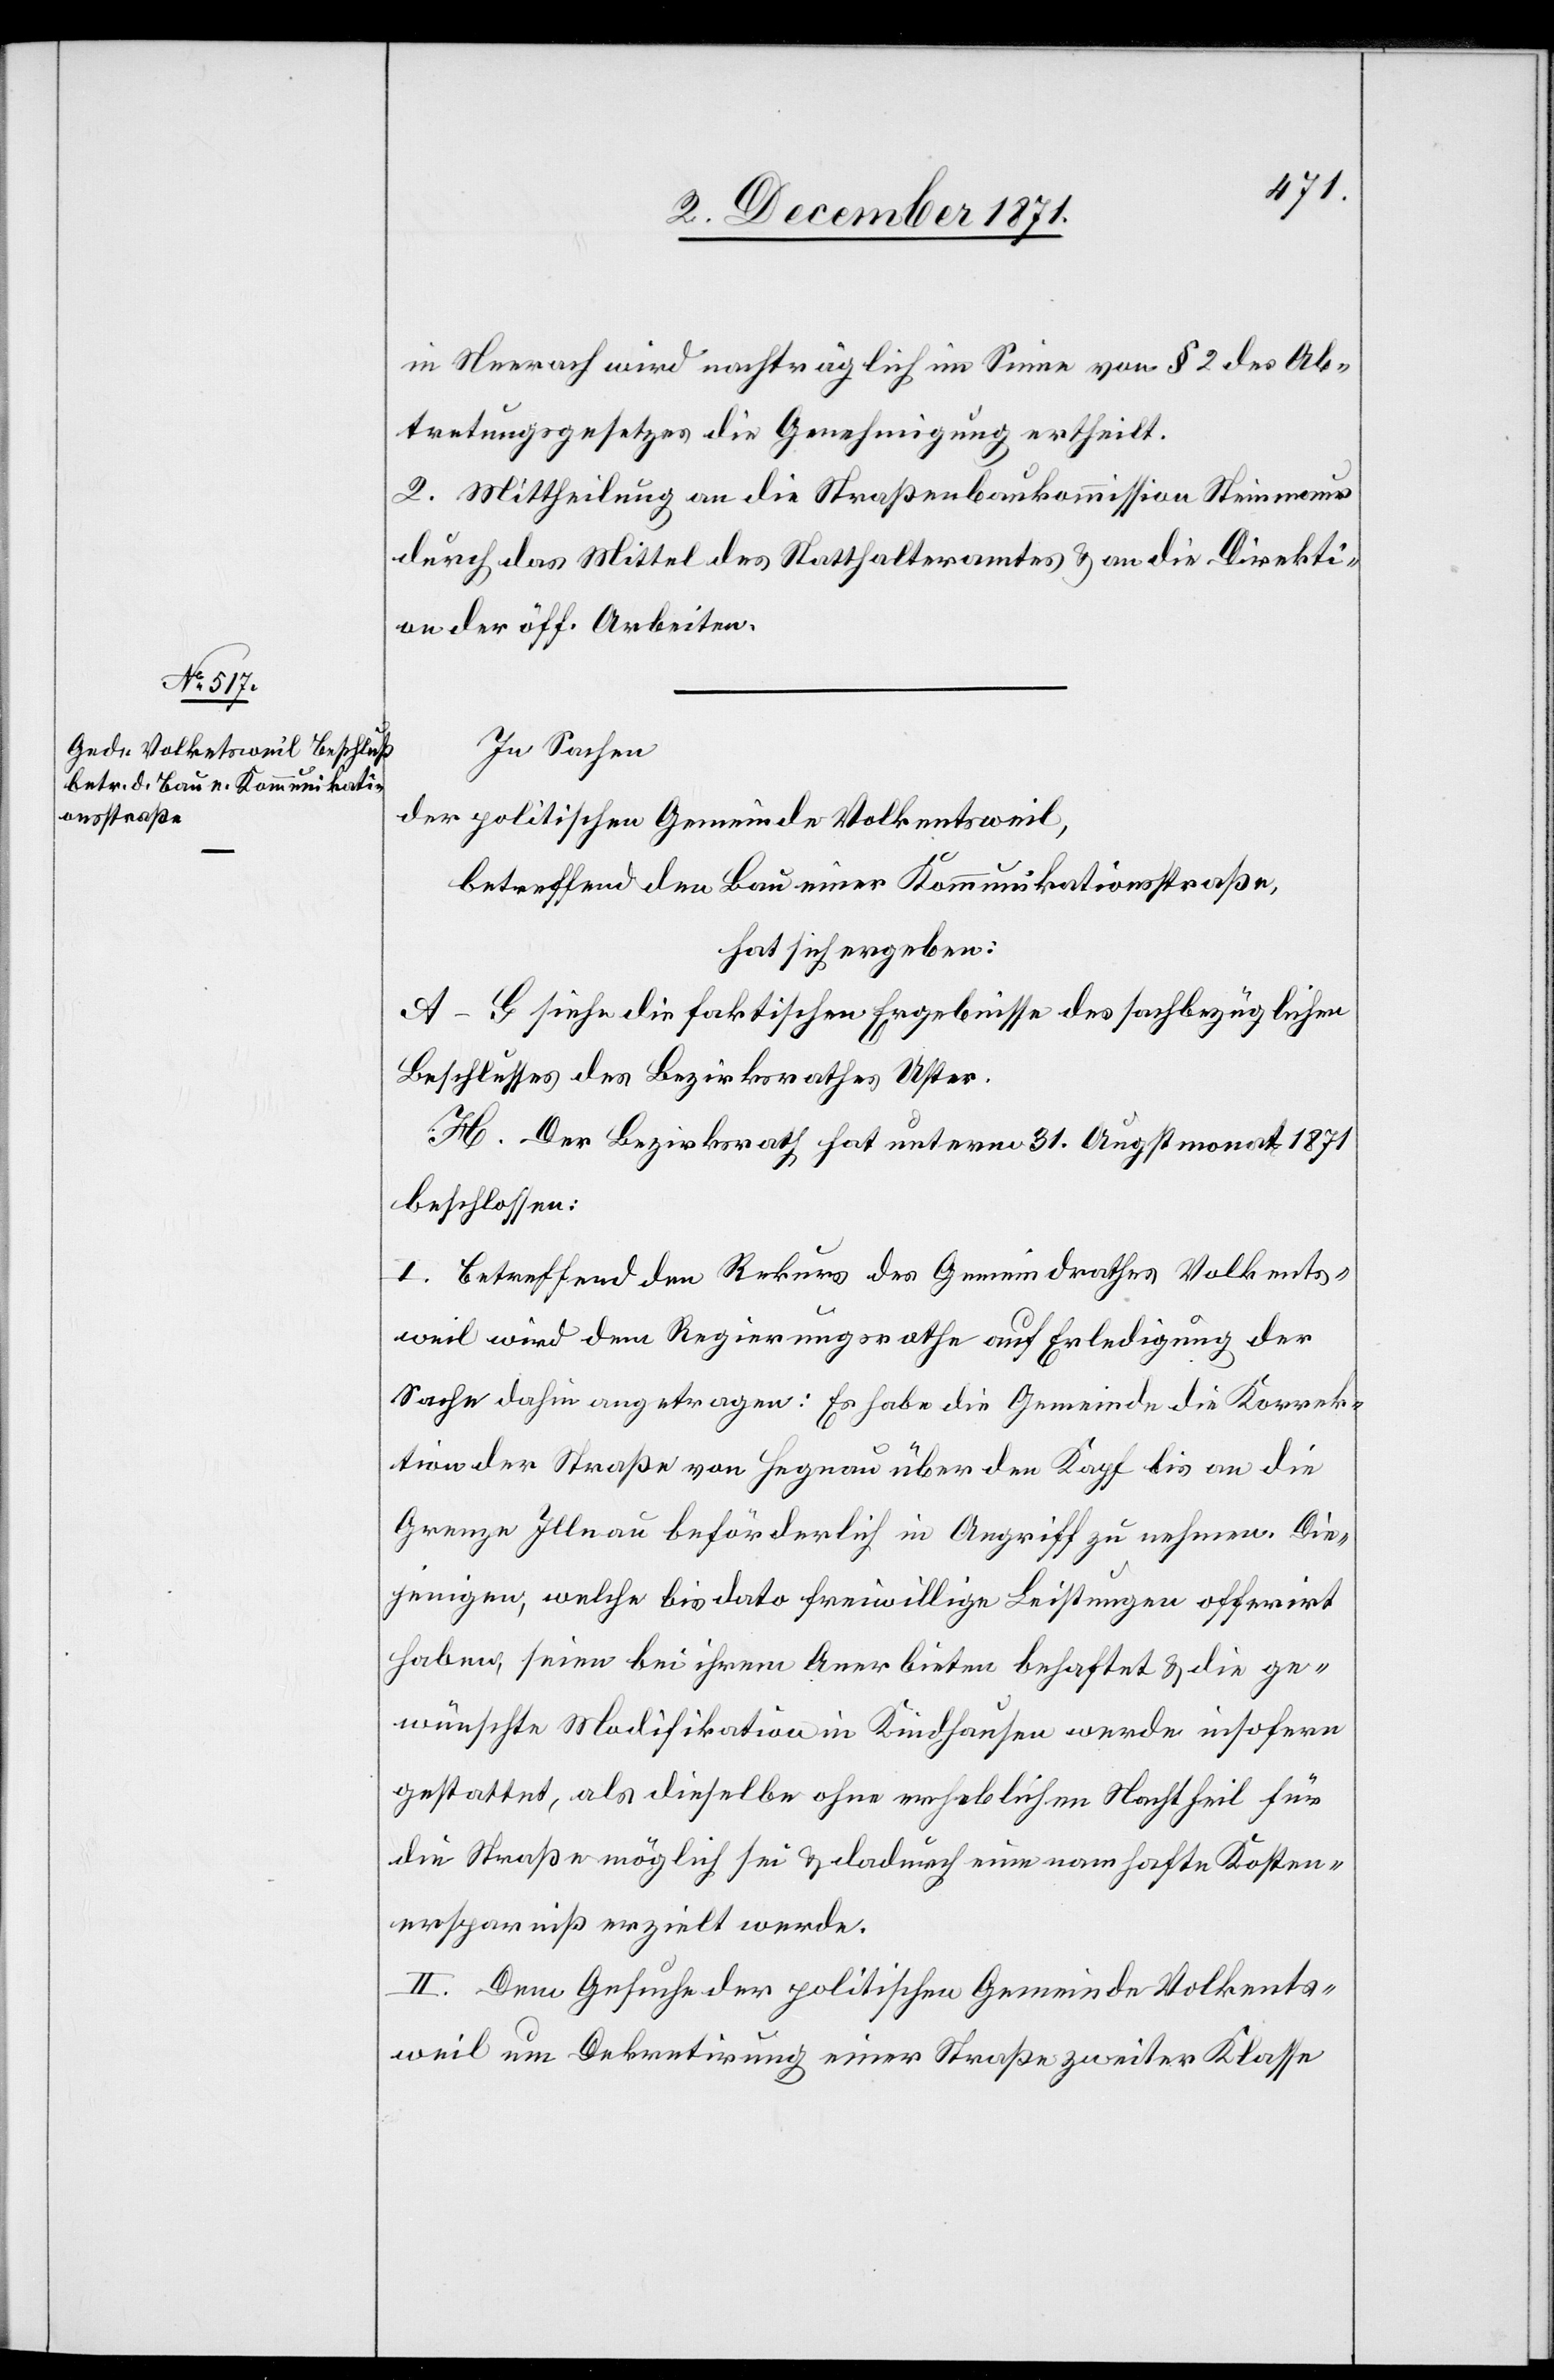
in Neerach wird nachträglich im Sinne von § 2 des Ab¬
tretungsgesetzes die Genehmigung ertheilt.
2. Mittheilung an die Straßenbaukommission Steinmaur
durch das Mittel des Statthalteramtes & an die Direkti¬
on der öff. Arbeiten.
In Sachen
der politischen Gemeinde Volkentsweil,
betreffend den Bau einer Kommunikationsstraße,
hat sich ergeben:
A–G Siehe die faktischen Ergebnisse des sachbezüglichen
Beschlusses des Bezirksrathes Uster.
H. Der Bezirksrath hat unterm 31. Augstmonat 1871
beschlossen:
I. Betreffend den Rekurs des Gemeindrathes Volkents¬
weil wird dem Regierungsrathe auf Erledigung der
Sache dahin angetragen: Es habe die Gemeinde die Korrek¬
tion der Straße von Hegnau über den Kapf bis an die
Grenze Illnau beförderlich in Angriff zu nehmen. Die¬
jenigen, welche bis dato freiwillige Leistungen offerirt
haben, seien bei ihrem Anerbieten behaftet & die ge¬
wünschte Modifikation in Kindhausen werde insofern
gestattet, als dieselbe ohne erheblichen Nachtheil für
die Straße möglich & dadurch eine namhafte Kosten¬
ersparniß erzielt werde.
II. Dem Gesuche der politischen Gemeinde Volkents¬
weil um Dekretirung einer Straße zweiter Klasse